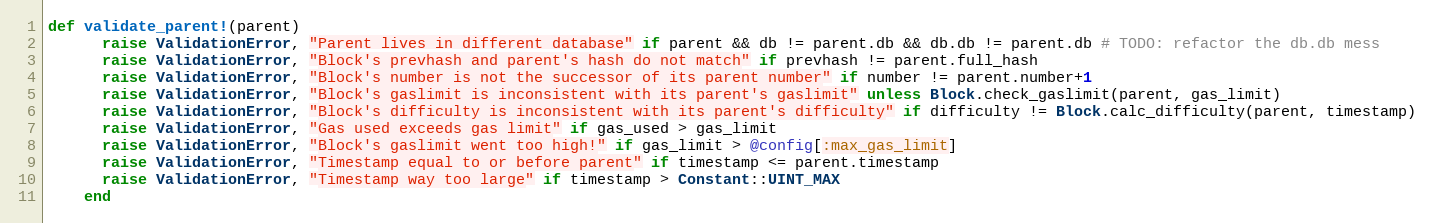
Language: Ruby
def validate_parent!(parent)
      raise ValidationError, "Parent lives in different database" if parent && db != parent.db && db.db != parent.db # TODO: refactor the db.db mess
      raise ValidationError, "Block's prevhash and parent's hash do not match" if prevhash != parent.full_hash
      raise ValidationError, "Block's number is not the successor of its parent number" if number != parent.number+1
      raise ValidationError, "Block's gaslimit is inconsistent with its parent's gaslimit" unless Block.check_gaslimit(parent, gas_limit)
      raise ValidationError, "Block's difficulty is inconsistent with its parent's difficulty" if difficulty != Block.calc_difficulty(parent, timestamp)
      raise ValidationError, "Gas used exceeds gas limit" if gas_used > gas_limit
      raise ValidationError, "Block's gaslimit went too high!" if gas_limit > @config[:max_gas_limit]
      raise ValidationError, "Timestamp equal to or before parent" if timestamp <= parent.timestamp
      raise ValidationError, "Timestamp way too large" if timestamp > Constant::UINT_MAX
    end